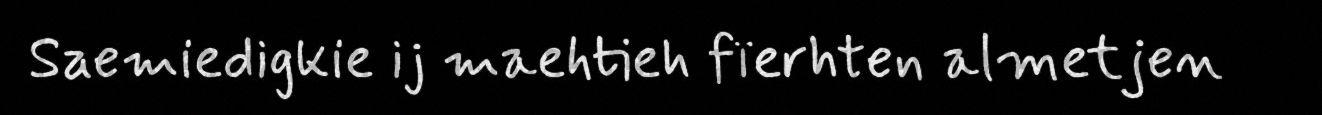
Saemiedigkie ij maehtieh fïerhten almetjen